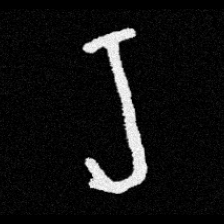
Pyu character \u2014 Myanmar letter: ရ (romanized: ra)